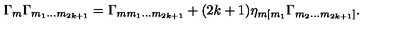
\Gamma _ { m } \Gamma _ { m _ { 1 } \ldots m _ { 2 k + 1 } } = \Gamma _ { m m _ { 1 } \ldots m _ { 2 k + 1 } } + ( 2 k + 1 ) \eta _ { m [ m _ { 1 } } \Gamma _ { m _ { 2 } \ldots m _ { 2 k + 1 } ] } .